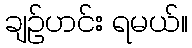
ချဉ်ဟင်း ရမယ်။